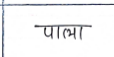
मजकूर: पाला